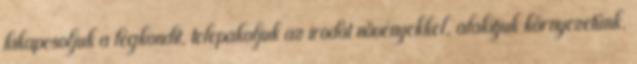
kikapcsoljuk a légkondit, telepakoljuk az irodát növényekkel, alakítjuk környezetünk.